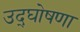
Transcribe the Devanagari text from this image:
उद्‌घोषणा